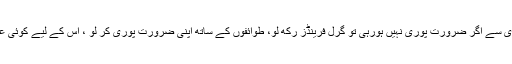
ترغیب یہی ہے کہ دوسری شادی نہیں کرنی، بیوی سے اگر ضرورت پوری نہیں ہورہی تو گرل فرینڈز رکھ لو، طوائفوں کے ساتھ اپنی ضرورت پوری کر لو ، اس کے لیے کوئی عدل کی شرط بھی نہیں ہے نہ کوئی اور شرط ہے۔